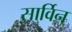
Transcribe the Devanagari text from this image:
सार्विन